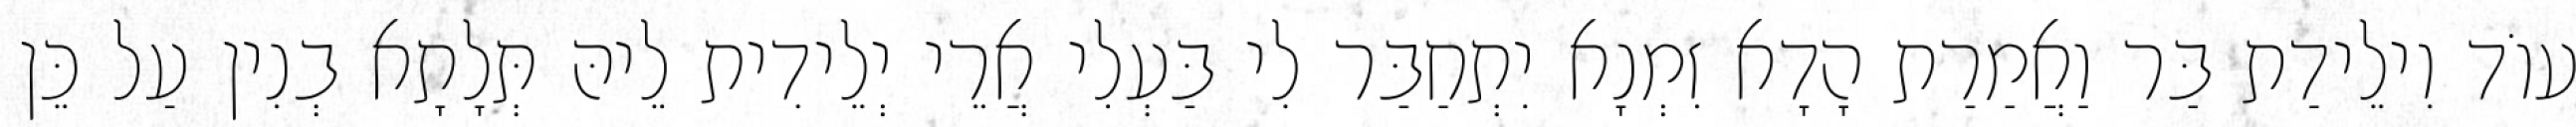
עוֹד וִילֵידַת בַּר וַאֲמַרַת הָדָא זִמְנָא יִתְחַבַּר לִי בַּעְלִי אֲרֵי יְלֵידִית לֵיהּ תְּלָתָא בְנִין עַל כֵּן